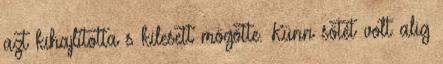
azt kihajlította s kilesett mögötte. Künn sötét volt alig